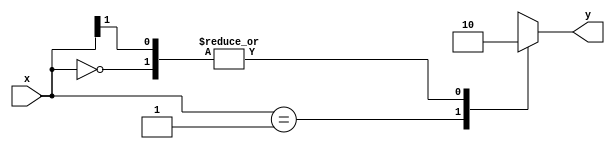
module casez_statement(
    input [1:0] x,
    output reg y
);

always @* begin
    casez(x)
        2'b00: y = 0;
        2'b01: y = 1;
        2'b1?: y = 0; // '?:' represents don't care condition
    endcase
end

endmodule